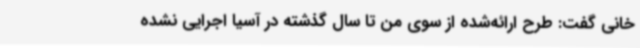
خانی گفت: طرح ارائه‌شده از سوی من تا سال گذشته در آسیا اجرایی نشده